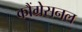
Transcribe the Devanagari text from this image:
कौंग्रेसनल